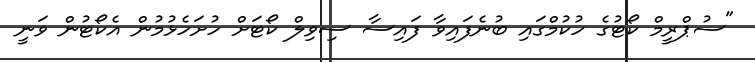
"ސުޕްރީމް ކޯޓުގެ ހުކުމްގައި ބުނެފައިވާ ފައިސާ ސިވިލް ކޯޓަށް ހުށަހެޅުމުން އެކޯޓުން ވަނީ